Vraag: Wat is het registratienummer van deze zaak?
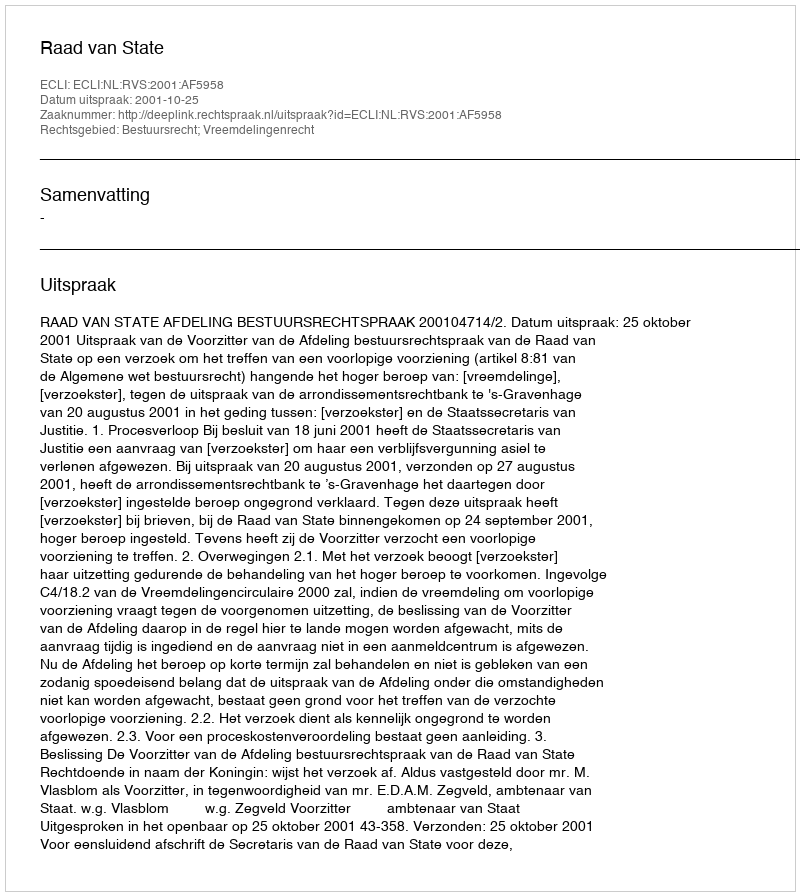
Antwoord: http://deeplink.rechtspraak.nl/uitspraak?id=ECLI:NL:RVS:2001:AF5958